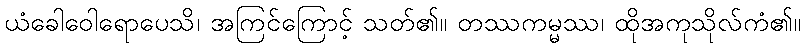
ယံခေါဝေါရောပေသိ၊ အကြင်ကြောင့် သတ်၏။ တဿကမ္မဿ၊ ထိုအကုသိုလ်ကံ၏။